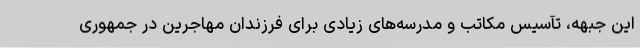
این جبهه، تآسیس مکاتب و مدرسه‌های زیادی برای فرزندان مهاجرین در جمهوری